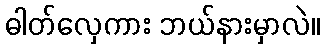
ဓါတ်လှေကား ဘယ်နားမှာလဲ။